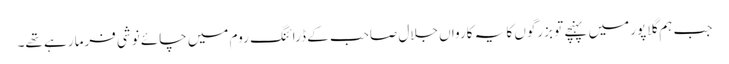
جب ہم گلاپور میں پہنچے تو بزرگوں کا یہ کارواں جلال صاحب کے ڈرائنگ روم میں چائے نوشی فرما رہے تھے۔